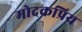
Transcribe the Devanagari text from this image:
मोदकप्रिय